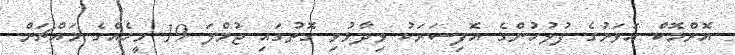
އޮރްމޮކް އަވަށުގެ ފުލުހުންގެ އޮފިސަރަކު ވިދާޅުވި ގޮތުގައި ޖުމްލަ 19 މީހެއްގެ މައްޗަށް